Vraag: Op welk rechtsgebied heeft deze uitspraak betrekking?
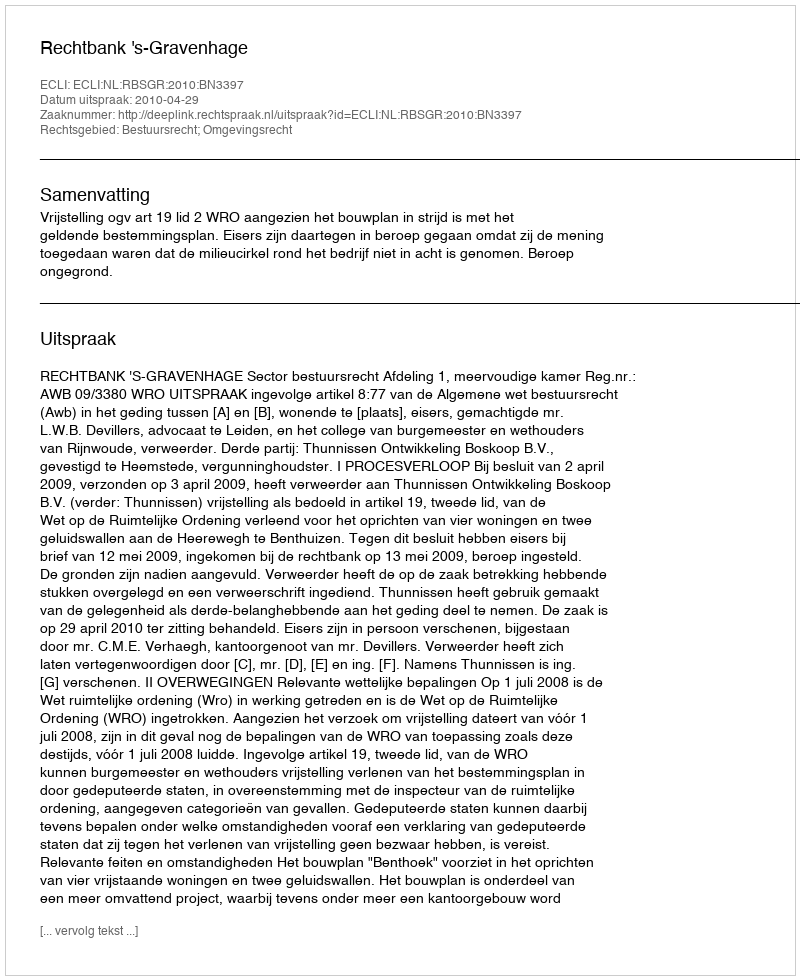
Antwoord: Bestuursrecht; Omgevingsrecht